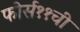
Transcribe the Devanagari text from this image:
फोर्स११ची